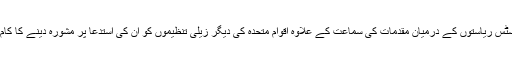
انٹرنیشنل کورٹ آف جسٹس ریاستوں کے درمیان مقدمات کی سماعت کے علاوہ اقوام متحدہ کی دیگر زیلی تنظیموں کو ان کی استدعا پر مشورہ دینے کا کام بھی سرانجام دیتی ہے۔